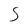
Character: 5